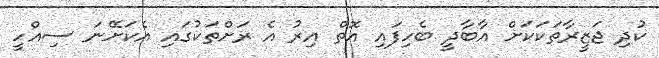
ކުދި ޖަޒީރާތަކަކަށް އާބާދީ ބެހިފައި އޮތް އިރު އެ ރަށްތަކުގައި އެކަށޭނަ ސިއްހީ